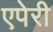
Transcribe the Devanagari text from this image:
एपेरी